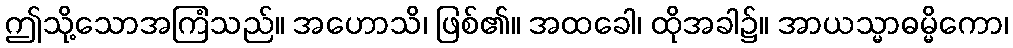
ဤသို့သောအကြံသည်။ အဟောသိ၊ ဖြစ်၏။ အထခေါ၊ ထိုအခါ၌။ အာယသ္မာဓမ္မိကော၊